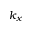
k _ { x }